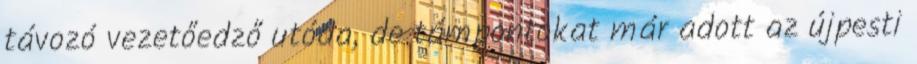
távozó vezetőedző utóda, de támpontokat már adott az újpesti